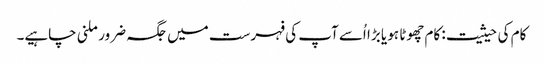
کام کی حیثیت: کام چھوٹا ہو یا بڑا اُسے آپ کی فہرست میں جگہ ضرور ملنی چاہیے۔